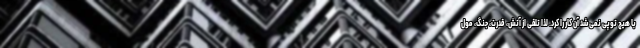
با هیچ توپی نمی‌شد آن کار را کرد. لذا تلقی از آتش، قدرت، جنگ، مول